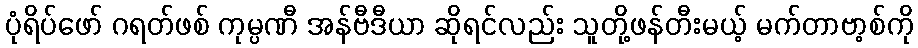
ပုံရိပ်ဖော် ဂရတ်ဖစ် ကုမ္ပဏီ အန်ဗီဒီယာ ဆိုရင်လည်း သူတို့ဖန်တီးမယ့် မက်တာဗာ့စ်ကို